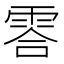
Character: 䨐